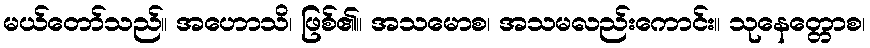
မယ်တော်သည်။ အဟောသိ၊ ဖြစ်၏။ အသမောစ၊ အသမလည်းကောင်း။ သုနေတ္တောစ၊